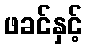
ဖခင်နှင့်